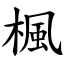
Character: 楓